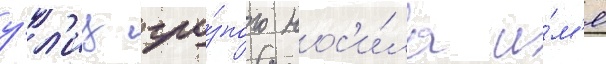
у́л'иц гро́зного нос'и́ла и́м'я